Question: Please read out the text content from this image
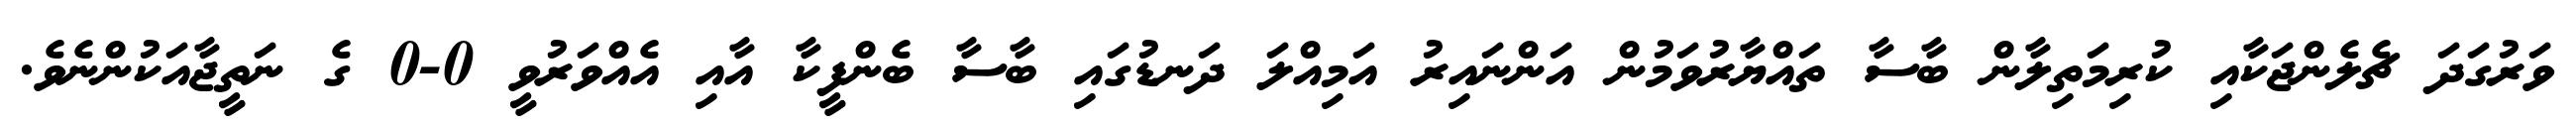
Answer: ވަރުގަދަ ޗެލެންޖަކާއި ކުރިމަތިލާން ބާސާ ތައްޔާރުވަމުން އަންނައިރު އަމިއްލަ ދަނޑުގައި ބާސާ ބެންފީކާ އާއި އެއްވަރުވީ 0-0 ގެ ނަތީޖާއަކުންނެވެ.